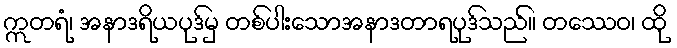
ဣတရံ၊ အနာဒရိယပုဒ်မှ တစ်ပါးသောအနာဒတာရပုဒ်သည်။ တဿေဝ၊ ထို